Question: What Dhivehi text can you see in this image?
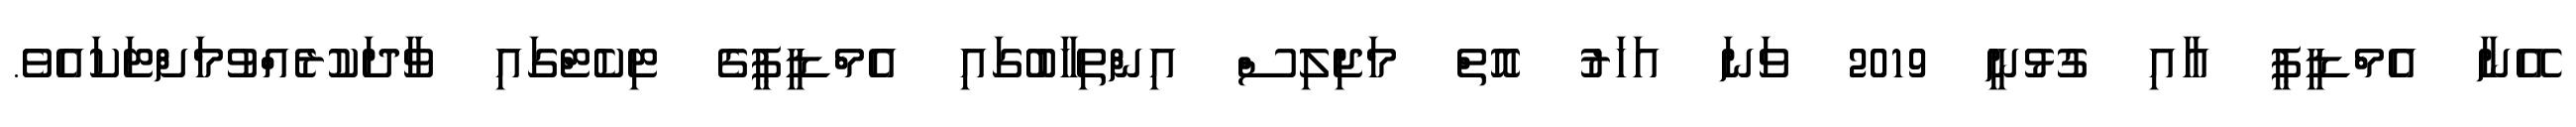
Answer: އޭނާ އެމްޑީޕީ އާއި ގުޅުނީ 2019 ވަނަ އަހަރު އޮތް މަޖިލިސް އިންތިހާބުގައި އެމްޑީޕީގެ ޓިކެޓްގައި ވާދަކުރެއްވުމަށްޓަކައެވެ.